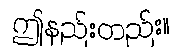
ဤနည်းတည်း။